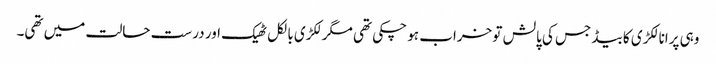
وہی پرانا لکڑی کا بیڈ جس کی پالش تو خراب ہو چکی تھی مگر لکڑی بالکل ٹھیک اور درست حالت میں تھی۔